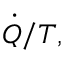
{ \dot { Q } } / T ,